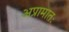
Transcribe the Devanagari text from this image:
अप्रामातः